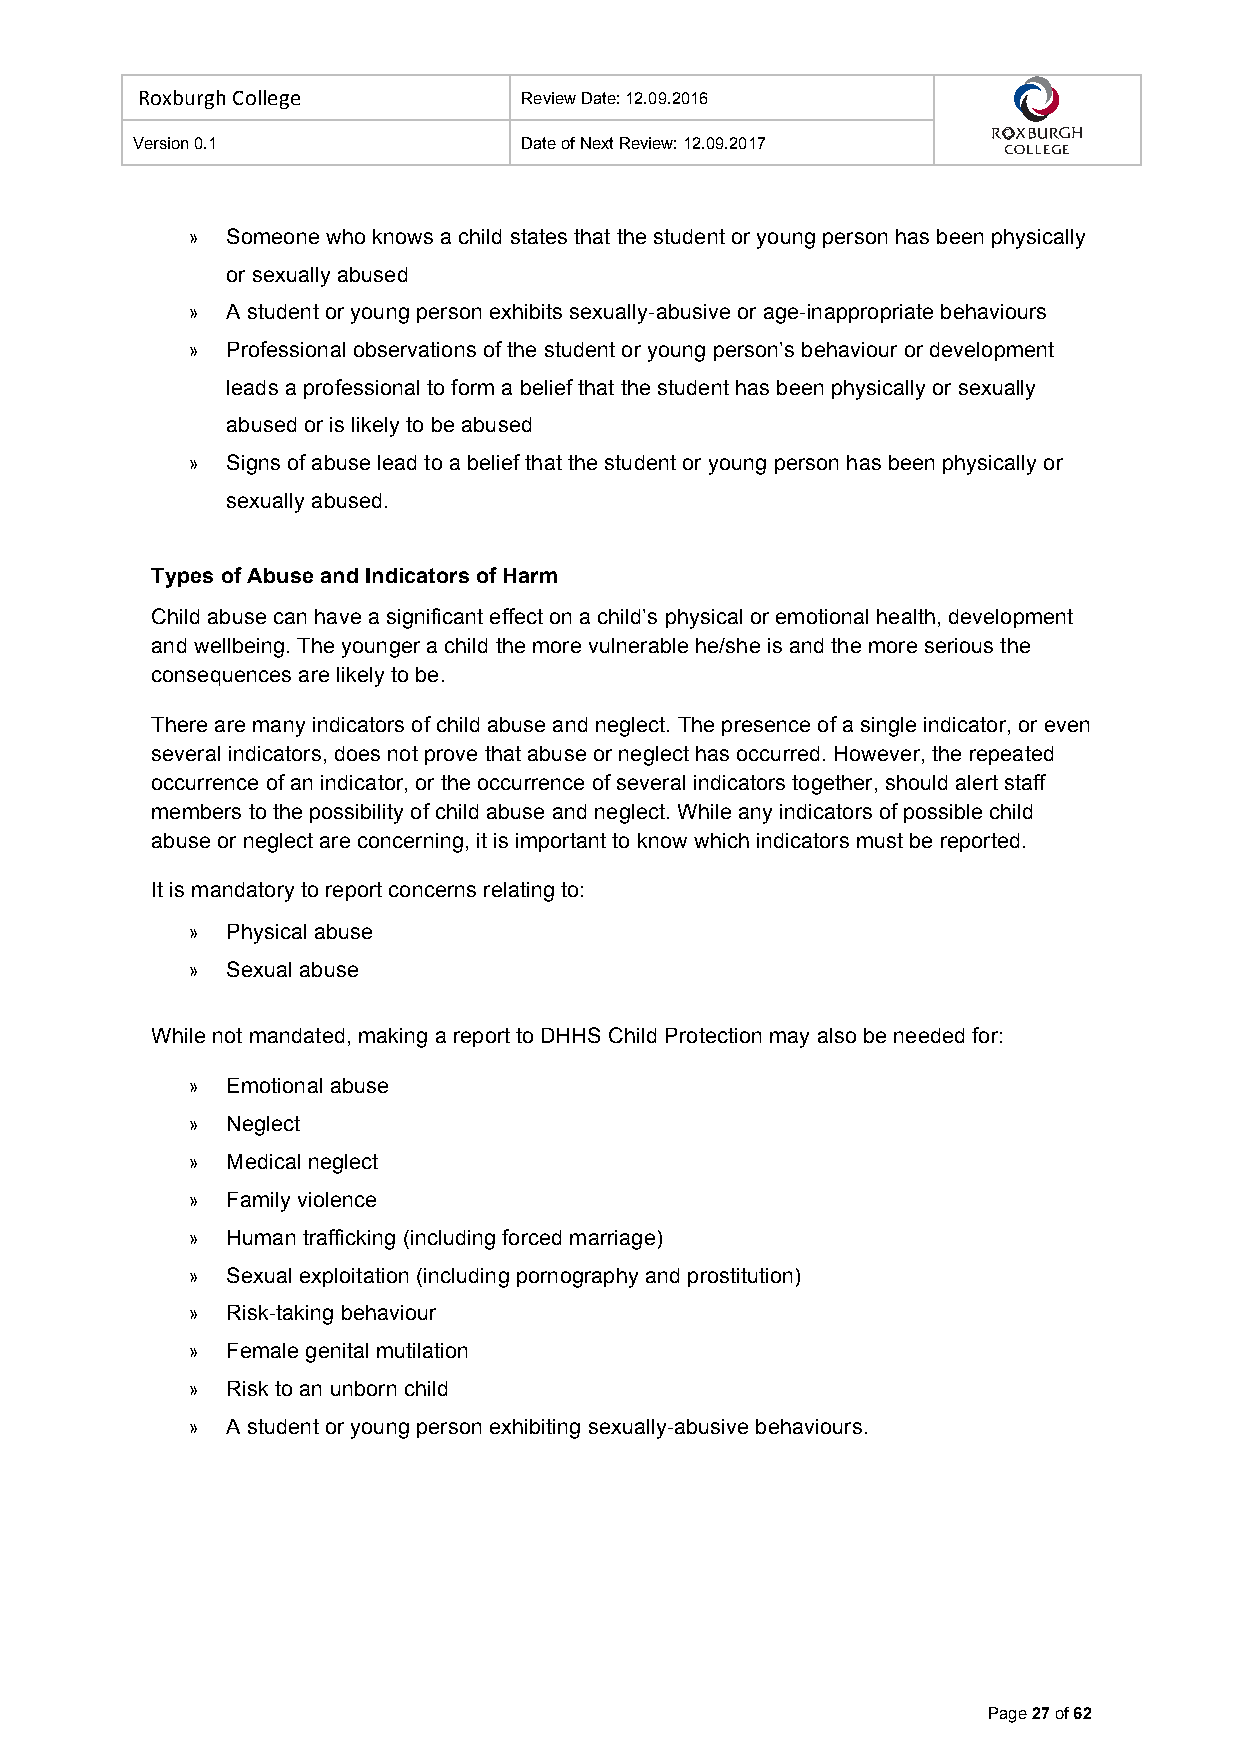
Roxburgh College          Review Date: 12.09.2016
 Version 0.1               Date of Next Review: 12.09.2017
 »  Someone who knows a child states that the student or young person has been physically
 or sexually abused
 »  A student or young person exhibits sexually-abusive or age-inappropriate behaviours
 »  Professional observations of the student or young person’s behaviour or development
 leads a professional to form a belief that the student has been physically or sexually
 abused or is likely to be abused
 »  Signs of abuse lead to a belief that the student or young person has been physically or
 sexually abused.
 Types of Abuse and Indicators of Harm
 Child abuse can have a significant effect on a child’s physical or emotional health, development
 and wellbeing. The younger a child the more vulnerable he/she is and the more serious the
 consequences are likely to be.
 There are many indicators of child abuse and neglect. The presence of a single indicator, or even
 several indicators, does not prove that abuse or neglect has occurred. However, the repeated
 occurrence of an indicator, or the occurrence of several indicators together, should alert staff
 members to the possibility of child abuse and neglect. While any indicators of possible child
 abuse or neglect are concerning, it is important to know which indicators must be reported.
 It is mandatory to report concerns relating to:
 »  Physical abuse
 »  Sexual abuse
 While not mandated, making a report to DHHS Child Protection may also be needed for:
 »  Emotional abuse
 »  Neglect
 »  Medical neglect
 »  Family violence
 »  Human trafficking (including forced marriage)
 »  Sexual exploitation (including pornography and prostitution)
 »  Risk-taking behaviour
 »  Female genital mutilation
 »  Risk to an unborn child
 »  A student or young person exhibiting sexually-abusive behaviours.
 Page 27 of 62